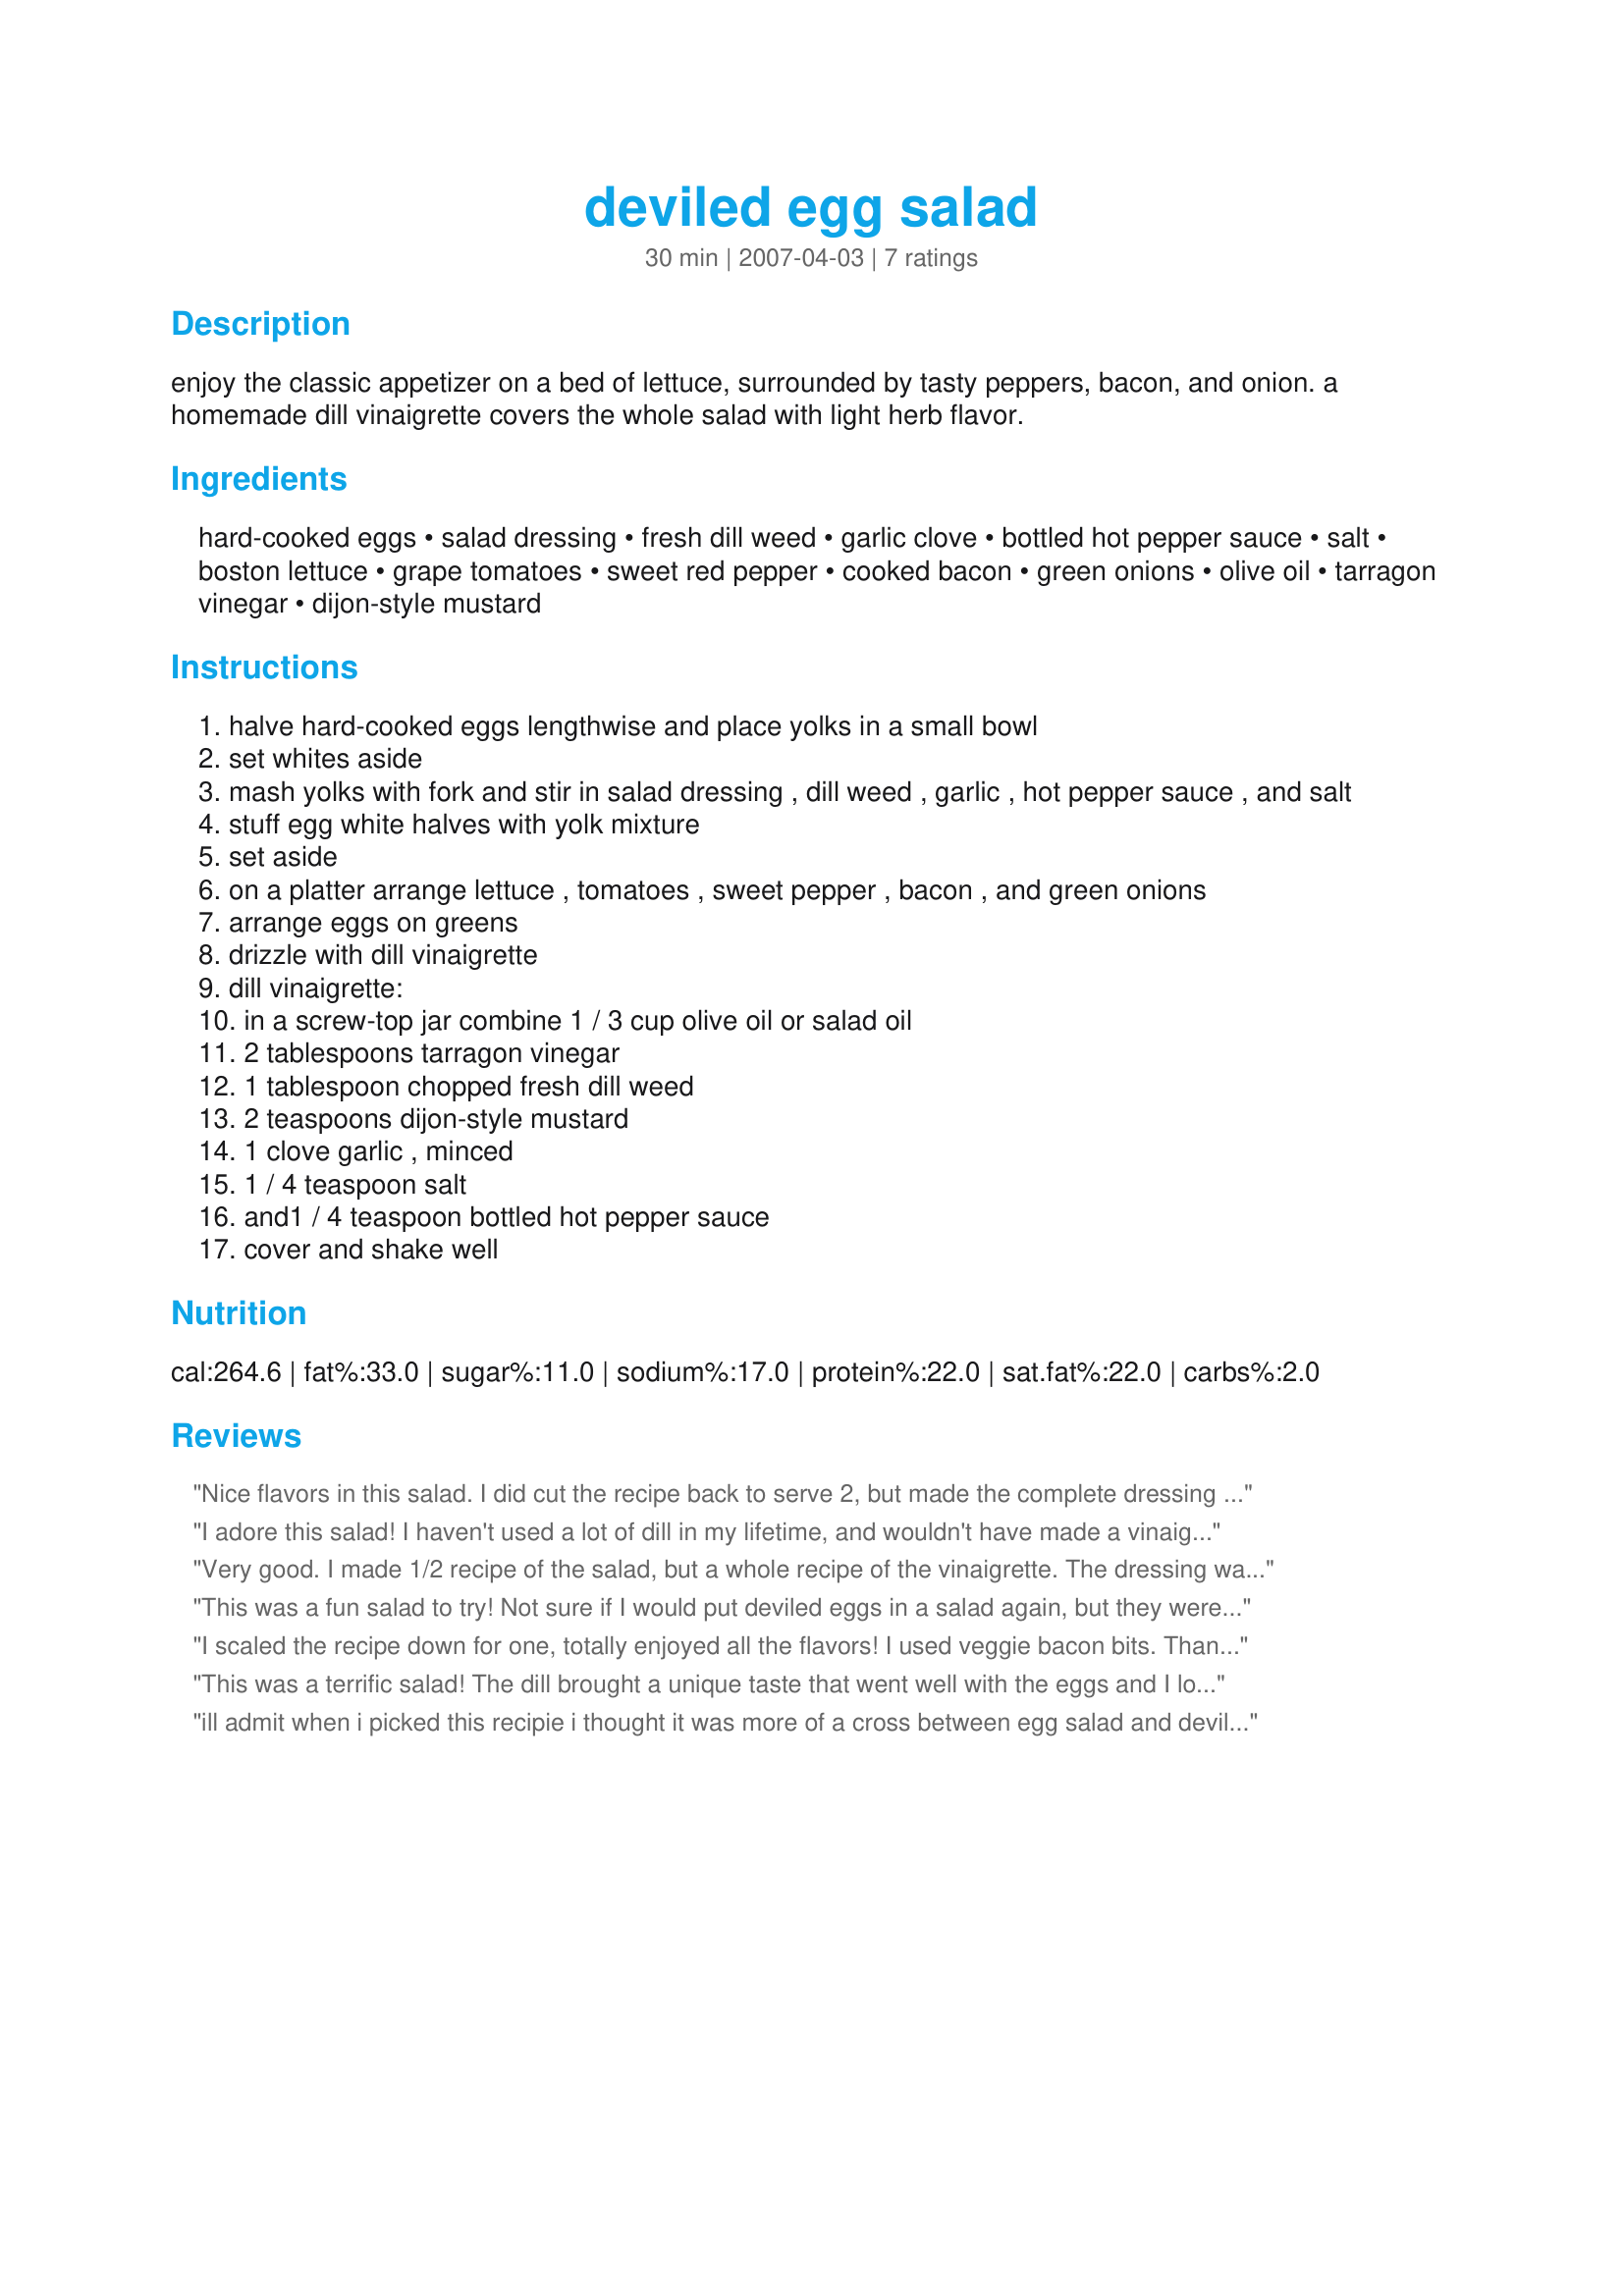
deviled egg salad
Preparation time: 30 minutes

enjoy the classic appetizer on a bed of lettuce, surrounded by tasty peppers, bacon, and onion. a homemade dill vinaigrette covers the whole salad with light herb flavor.

Ingredients:
hard-cooked eggs, salad dressing, fresh dill weed, garlic clove, bottled hot pepper sauce, salt, boston lettuce, grape tomatoes, sweet red pepper, cooked bacon, green onions, olive oil, tarragon vinegar, dijon-style mustard

Steps:
halve hard-cooked eggs lengthwise and place yolks in a small bowl
set whites aside
mash yolks with fork and stir in salad dressing , dill weed , garlic , hot pepper sauce , and salt
stuff egg white halves with yolk mixture
set aside
on a platter arrange lettuce , tomatoes , sweet pepper , bacon , and green onions
arrange eggs on greens
drizzle with dill vinaigrette
dill vinaigrette:
in a screw-top jar combine 1 / 3 cup olive oil or salad oil
2 tablespoons tarragon vinegar
1 tablespoon chopped fresh dill weed
2 teaspoons dijon-style mustard
1 clove garlic , minced
1 / 4 teaspoon salt
and1 / 4 teaspoon bottled hot pepper sauce
cover and shake well

Reviews:
Nice flavors in this salad. I did cut the recipe back to serve 2, but made the complete dressing and omitted the hot peper sauce. I can't handle too much heat. Made for Adopt an Orphaned Tag '07.:)
I adore this salad! I haven't used a lot of dill in my lifetime, and wouldn't have made a vinaigrette with it had I not seen this interesting salad recipe. The dill brings a dominant, powerful zing to this crisp, full flavored salad. All the ingredients are likely to be in your house, so, why not make this dill flavored Deviled Egg Salad anytime? Delicious!
Very good. I made 1/2 recipe of the salad, but a whole recipe of the vinaigrette. The dressing was really what attracted me to this one. This past weekend, I had the salad as written, except vegetarian bacon-flavored bits from the health food store, and enjoyed it. Later I used the leftover dressing for a salad I made up of lettuce, tuna, chopped celery and chopped red onions and that was great, too!
This was a fun salad to try! Not sure if I would put deviled eggs in a salad again, but they were very good. Thank you for posting!
I scaled the recipe down for one, totally enjoyed all the flavors! I used veggie bacon bits. Thanks Annacia!
This was a terrific salad! The dill brought a unique taste that went well with the eggs and I loved the vinaigrette. I reduced this to 1 serving (except the dressing, which I made the full amount of) and left out the green onions. This salad made a delightful light lunch - thanks for posting the recipe!
ill admit when i picked this recipie i thought it was more of a cross between egg salad and deviled eggs, and the dill vinagrette intreigued me. i ommited the lettuce pepper and bacon, as i was making it as quick snack for one. DBF said the sauce was a wonderful touch, will make again so i can try out the dressing on a salad too
